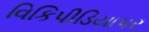
વિકિપીડિયાપર